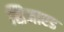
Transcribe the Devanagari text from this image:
सिजाएड